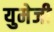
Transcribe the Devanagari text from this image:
युमेजी